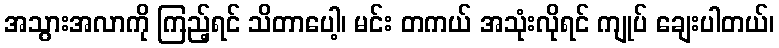
အသွားအလာကို ကြည့်ရင် သိတာပေါ့၊ မင်း တကယ် အသုံးလိုရင် ကျုပ် ချေးပါတယ်၊